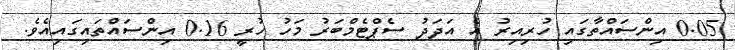
0.05 އިންސައްތާގައި ހުރިއިރު އެ އަދަދު ސެޕްޓެމްބަރު މަހު ހުރީ 0.16 އިންސައްތައިގައިއެވެ.